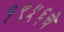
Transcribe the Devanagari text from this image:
१९५६चे